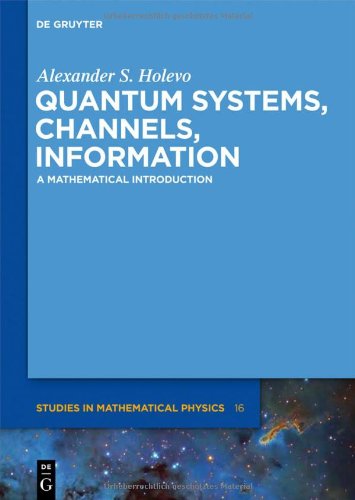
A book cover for Quantum Systems, Channels, Information (de Gruyter Studies in Mathematical Physics); Alexander S. Holevo; Science & Math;